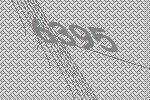
6395